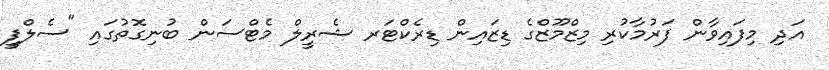
އަދި މިފައިވާން ފަރުމާކުރި މިޒްމޫޒްގެ ޑިޒައިން ޑިރެކްޓަރ ޝެރީލް މެޓްސަން ބުނިގޮތުގައި "ސެލްފީ